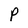
Character: P